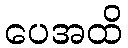
ပေအထိ